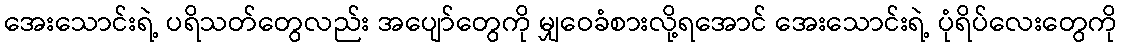
အေးသောင်းရဲ့ ပရိသတ်တွေလည်း အပျော်တွေကို မျှဝေခံစားလို့ရအောင် အေးသောင်းရဲ့ ပုံရိပ်လေးတွေကို